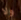
ولا